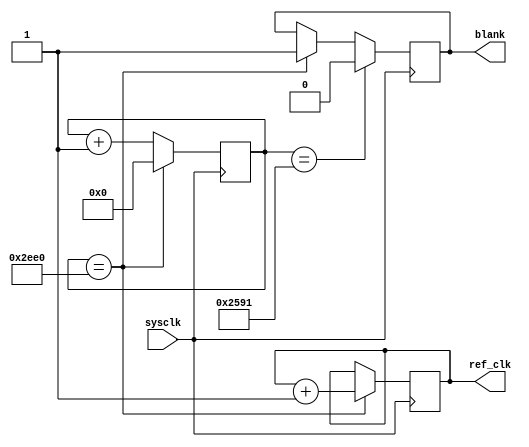
`timescale 1ns / 1ps

module refresh_clock(
    input sysclk,
    output reg [1:0] ref_clk = 0,
    output reg blank = 1
    );
    
    parameter clk_divide = 12000; // refresh rate of 250 Hz
    
    parameter duty_cycle = 20; // percent of maximum led brightness
    
    reg [13:0] blank_release = 17 + (clk_divide-(duty_cycle*clk_divide/100)); //17 clock cycles needed to load anode values into shift register
    
    reg [14:0] clk_counter = 0;
    
    always @(posedge sysclk) begin
        if (clk_counter == clk_divide) begin
            ref_clk <= ref_clk + 1;
            clk_counter <= 0;
            blank <= 1;
        end
        else clk_counter <= clk_counter + 1;
        
        
        if (clk_counter == blank_release) blank <= 0;
    end
    
endmodule